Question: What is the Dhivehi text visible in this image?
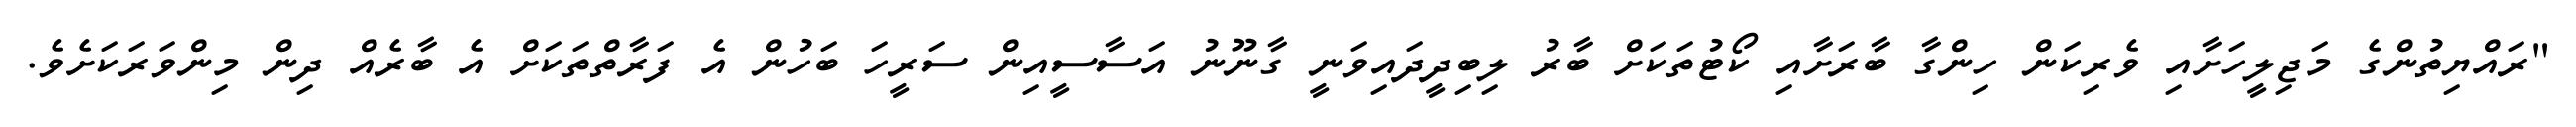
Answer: "ރައްޔިތުންގެ މަޖިލީހަށާއި ވެރިކަން ހިންގާ ބާރަށާއި ކޯޓުތަކަށް ބާރު ލިބިދީދައިވަނީ ގާނޫނު އަސާސީއިން ސަރީހަ ބަހުން އެ ފަރާތްތަކަށް އެ ބާރެއް ދިން މިންވަރަކަށެވެ.